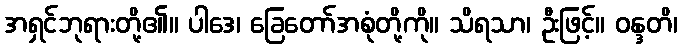
အရှင်ဘုရားတို့၏။ ပါဒေ၊ ခြေတော်အစုံတို့ကို။ သိရသာ၊ ဦးဖြင့်။ ဝန္ဒတိ၊